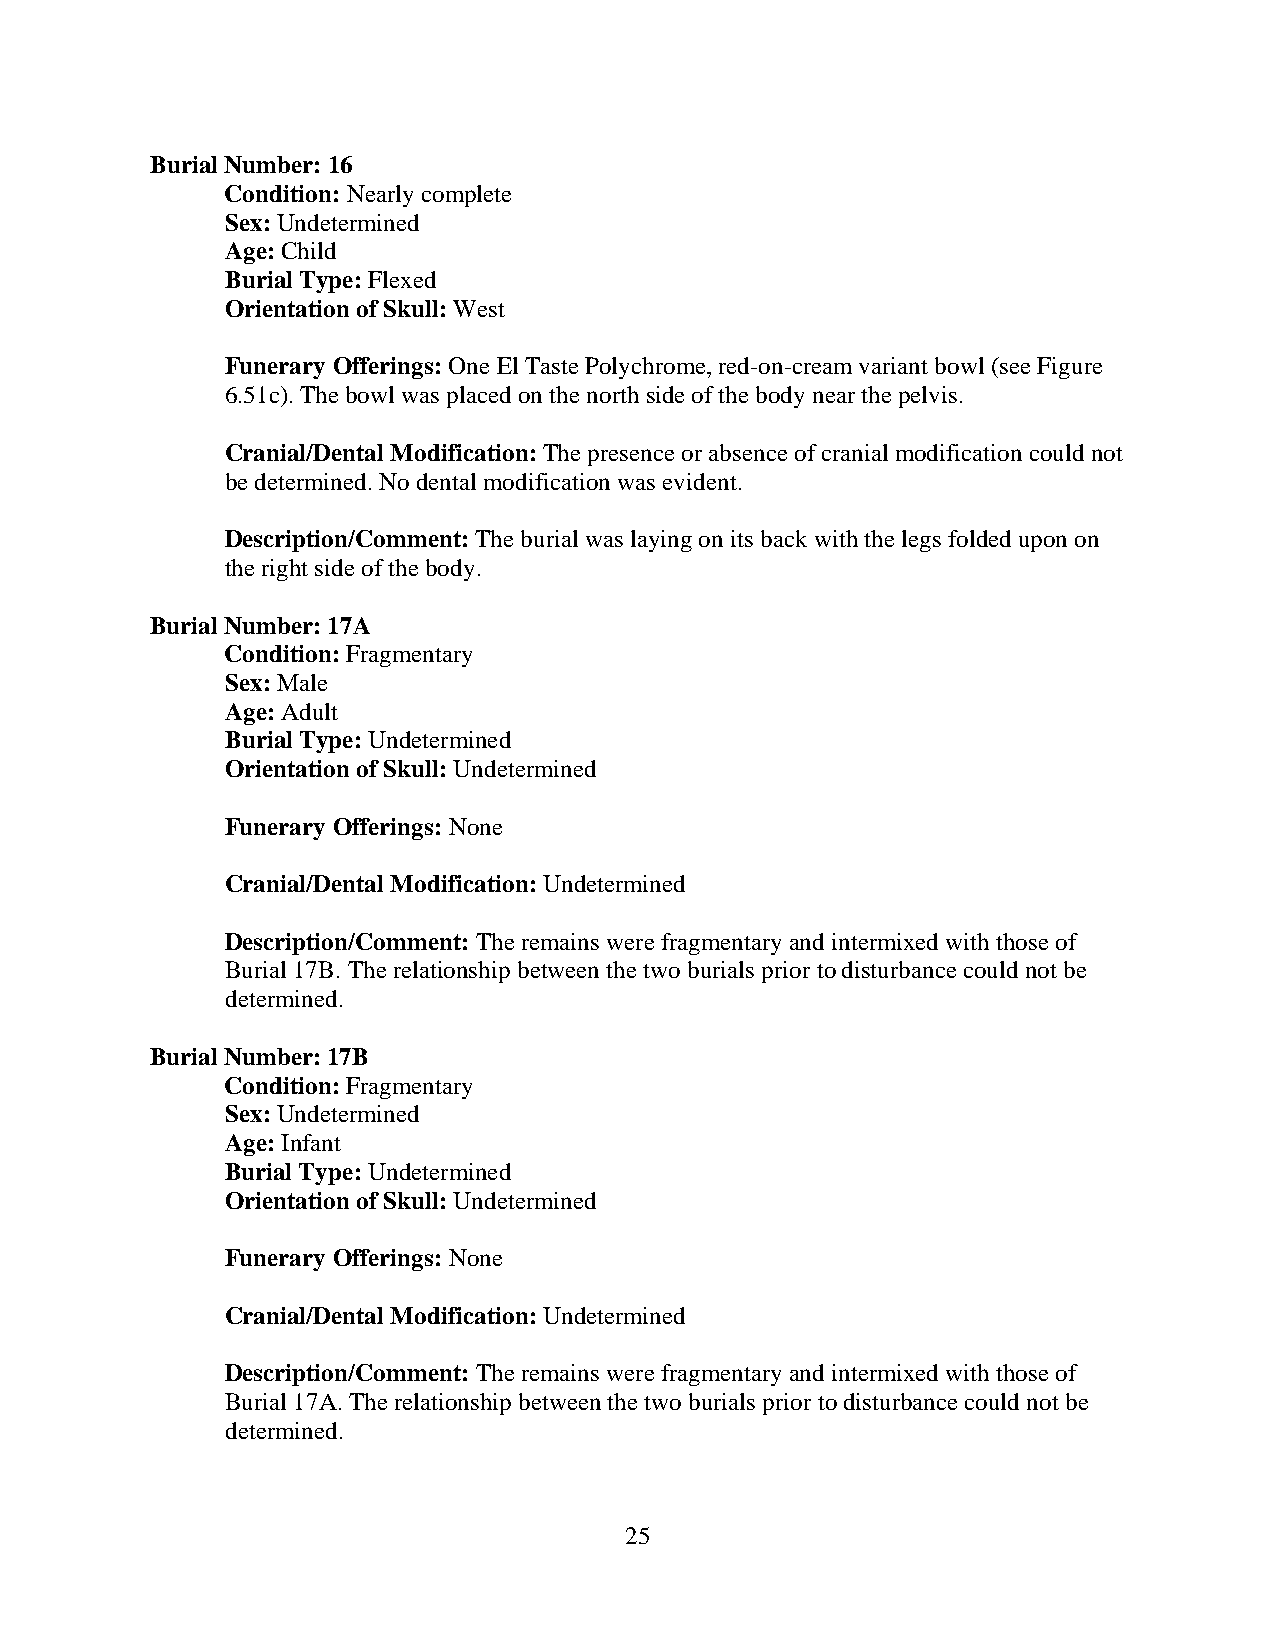
Burial Number: 16
 Condition: Nearly complete
 Sex: Undetermined
 Age: Child
 Burial Type: Flexed
 Orientation of Skull: West
 Funerary Offerings: One El Taste Polychrome, red-on-cream variant bowl (see Figure
 6.51c). The bowl was placed on the north side of the body near the pelvis.
 Cranial/Dental Modification: The presence or absence of cranial modification could not
 be determined. No dental modification was evident.
 Description/Comment: The burial was laying on its back with the legs folded upon on
 the right side of the body.
 Burial Number: 17A
 Condition: Fragmentary
 Sex: Male
 Age: Adult
 Burial Type: Undetermined
 Orientation of Skull: Undetermined
 Funerary Offerings: None
 Cranial/Dental Modification: Undetermined
 Description/Comment: The remains were fragmentary and intermixed with those of
 Burial 17B. The relationship between the two burials prior to disturbance could not be
 determined.
 Burial Number: 17B
 Condition: Fragmentary
 Sex: Undetermined
 Age: Infant
 Burial Type: Undetermined
 Orientation of Skull: Undetermined
 Funerary Offerings: None
 Cranial/Dental Modification: Undetermined
 Description/Comment: The remains were fragmentary and intermixed with those of
 Burial 17A. The relationship between the two burials prior to disturbance could not be
 determined.
 25